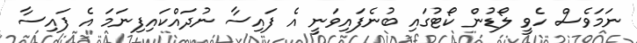
ނަމަވެސް ހެވީ ލޯޑުން ކޯޓުގައި ބުނެފައިވަނީ އެ ފައިސާ ނުދައްކައިފިނަމަ އެ ފައިސާ